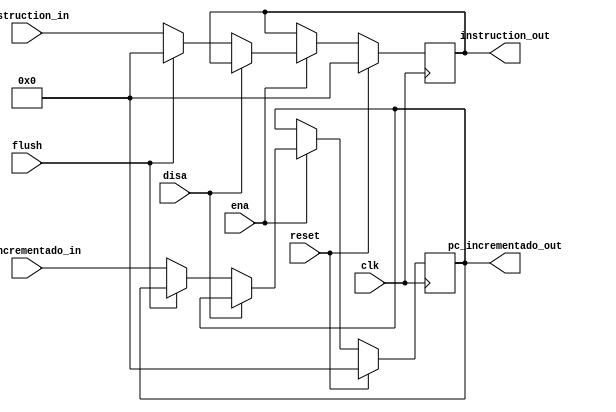
module latch_IF_ID
	#(
	parameter B=32	//32 bits instruccion, 7 bits pc_next (direccion)
   )
	(
	input wire clk,
	input wire reset,
	input wire ena,
	input wire disa,
	input wire flush,
	input wire [B-1:0]pc_incrementado_in,
	input wire [B-1:0]instruction_in,
	output reg [B-1:0]pc_incrementado_out,
	output reg [B-1:0]instruction_out
	);
	
	reg [B-1:0] instr_reg;
	reg [B-1:0] pc_next_reg;
	
	always @(posedge clk)
	
	begin
		if (reset)
			begin
			pc_incrementado_out <= 0;
			instruction_out <=0;
			end
		else
			if(ena)
				begin
				if(disa)
					begin
					pc_next_reg <= pc_next_reg;
					instr_reg <= instr_reg;
					end
				else if (flush)
					begin
					pc_incrementado_out <= pc_incrementado_out;
					instruction_out <= 0;
					end
				else
					begin
					instruction_out <= instruction_in;
					pc_incrementado_out <= pc_incrementado_in;
					end
				end
	end

endmodule